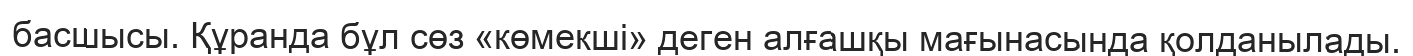
басшысы. Құранда бұл сөз «көмекші» деген алғашқы мағынасында қолданылады.